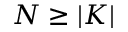
N \geq | K |